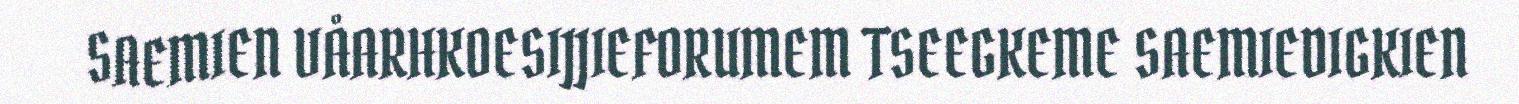
SAEMIEN VÅARHKOESIJJIEFORUMEM TSEEGKEME SAEMIEDIGKIEN